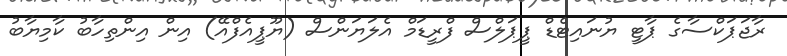
ރާޖަޕަކްސާގެ ޕާޓީ ޔުނައިޓެޑް ޕީޕަލްސް ފްރީޑަމް އެލަޔަންސް (ޔޫޕީއެފްއޭ) އިން އިންތިހާބު ކާމިޔާބު